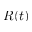
R ( t )